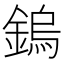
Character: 鎢